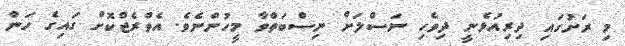
މި ރަށުގައި ދިރިއުޅެނީ ދިވެހި ނަސްލަށް ނިސްބަތްވާ މީހުންނެވެ. އެވްރެޖްކޮށް ގައިގެ ހަން